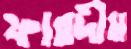
ফারদীম